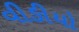
વીઙીયો